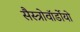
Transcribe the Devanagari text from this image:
सैस्त्रोवॉर्डोयो